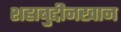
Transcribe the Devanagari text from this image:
शहाबुद्दीनखान